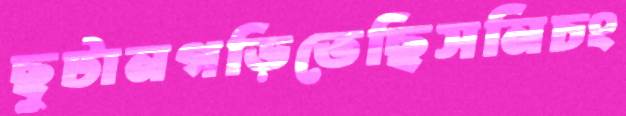
ছুটানগড়িতেছিসনিচং